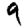
Digit: 9